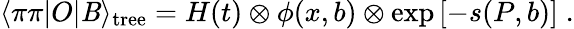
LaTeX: \langle\pi\pi|O|\mathit{B}\rangle_{\mathrm{{tree}}}=H(t)\otimes\phi(x,b)\otimes\exp\left[-s(P,b)\right]\; .